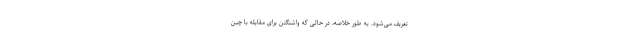
تعریف می‌شود. به طور خلاصه، در حالی که واشنگتن برای مقابله با چین